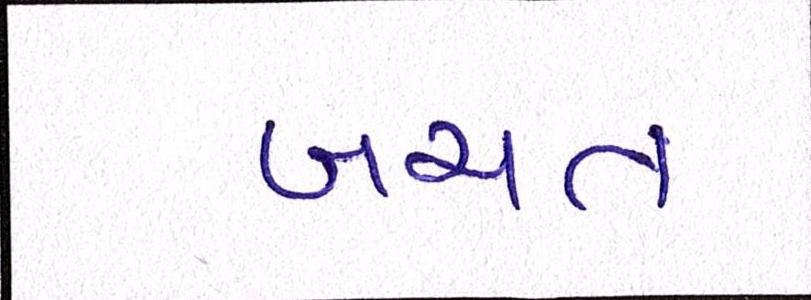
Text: બચત